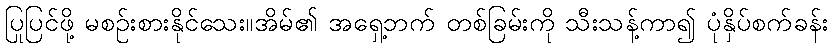
ပြုပြင်ဖို့ မစဉ်းစားနိုင်သေး။အိမ်၏ အရှေ့ဘက် တစ်ခြမ်းကို သီးသန့်ကာ၍ ပုံနှိပ်စက်ခန်း